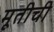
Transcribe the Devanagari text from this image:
मूतीची